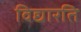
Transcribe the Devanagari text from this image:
विद्यारति